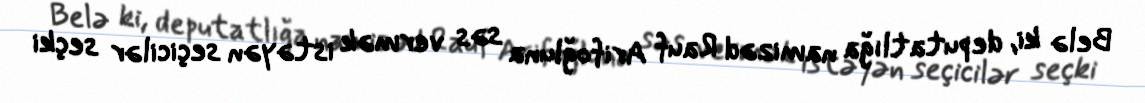
Belə ki, deputatlığa namizəd Rauf Arifoğluna səs vermək istəyən seçicilər seçki